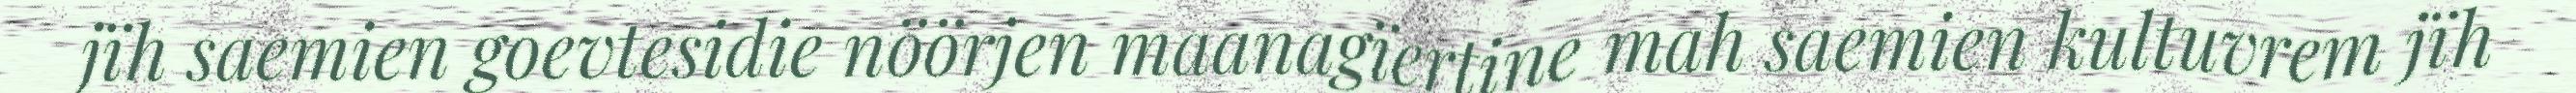
jïh saemien goevtesidie nöörjen maanagïertine mah saemien kultuvrem jïh